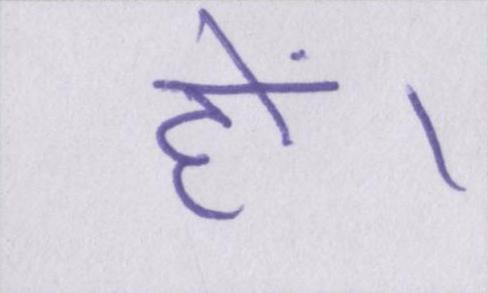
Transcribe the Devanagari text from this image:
हों।